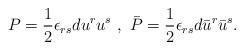
LaTeX: \begin{align*}P = \frac{1}{2} \epsilon_{r s} d u^{r} u^{s} \ , \ \bar{P} = \frac{1}{2} \epsilon_{r s} d \bar{u}^{r} \bar{u}^{s} .\end{align*}